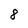
Character: 8